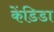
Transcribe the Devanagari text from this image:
केंडिडा